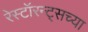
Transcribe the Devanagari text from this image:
रेस्टॉरन्ट्सच्या